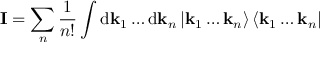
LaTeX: { \bf I } = \sum _ { n } \frac { 1 } { n ! } \int \mathrm { d } { \bf k } _ { 1 } \ldots \mathrm { d } { \bf k } _ { n } \left| { \bf k } _ { 1 } \ldots { \bf k } _ { n } \right\rangle \left\langle { \bf k } _ { 1 } \ldots { \bf k } _ { n } \right|